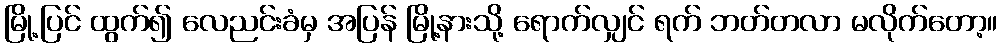
မြို့ပြင် ထွက်၍ လေညင်းခံမှ အပြန် မြို့နားသို့ ရောက်လျှင် ရက် ဘတ်တလာ မလိုက်တော့။